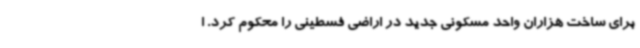
برای ساخت هزاران واحد مسکونی جدید در اراضی فسطینی را محکوم کرد. ا